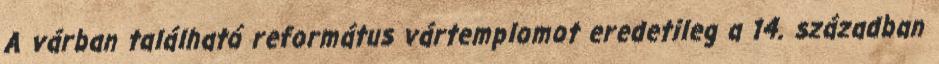
A várban található református vártemplomot eredetileg a 14. században